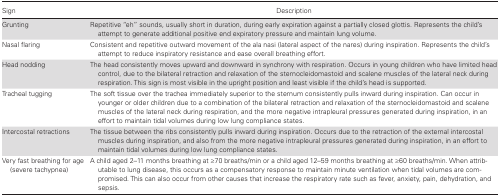
<table><thead><tr><td><b>Sign</b></td><td><b>Description</b></td></tr></thead><tbody><tr><td>Grunting</td><td>Repetitive “eh” sounds, usually short in duration, during early expiration against a partially closed glottis. Represents the child’s attempt to generate additional positive end expiratory pressure and maintain lung volume.</td></tr><tr><td>Nasal flaring</td><td>Consistent and repetitive outward movement of the ala nasi (lateral aspect of the nares) during inspiration. Represents the child’s attempt to reduce inspiratory resistance and ease overall breathing effort.</td></tr><tr><td>Head nodding</td><td>The head consistently moves upward and downward in synchrony with respiration. Occurs in young children who have limited head control, due to the bilateral retraction and relaxation of the sternocleidomastoid and scalene muscles of the lateral neck during respiration. This sign is most visible in the upright position and least visible if the child’s head is supported.</td></tr><tr><td>Tracheal tugging</td><td>The soft tissue over the trachea immediately superior to the sternum consistently pulls inward during inspiration. Can occur in younger or older children due to a combination of the bilateral retraction and relaxation of the sternocleidomastoid and scalene muscles of the lateral neck during respiration, and the more negative intrapleural pressures generated during inspiration, in an effort to maintain tidal volumes during low lung compliance states.</td></tr><tr><td>Intercostal retractions</td><td>The tissue between the ribs consistently pulls inward during inspiration. Occurs due to the retraction of the external intercostal muscles during inspiration, and also from the more negative intrapleural pressures generated during inspiration, in an effort to maintain tidal volumes during low lung compliance states.</td></tr><tr><td>Very fast breathing for age (severe tachypnea)</td><td>A child aged 2–11 months breathing at ≥70 breaths/min or a child aged 12–59 months breathing at ≥60 breaths/min. When attributable to lung disease, this occurs as a compensatory response to maintain minute ventilation when tidal volumes are compromised. This can also occur from other causes that increase the respiratory rate such as fever, anxiety, pain, dehydration, and sepsis.</td></tr></tbody></table>